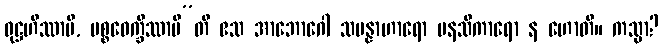
ဝုဋ္ဌဟိဿာမိ, ပစ္စဝေက္ခိဿာမီ”တိ ဧသ အာဘောဂေါ သမန္နာဟာရော မနသိကာရော န ဟောတိ။ ကသ္မာ?